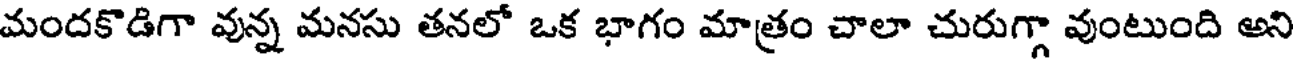
మందకొడిగా వున్న మనసు తనలో ఒక భాగం మాత్రం చాలా చురుగ్గా వుంటుంది అని